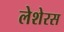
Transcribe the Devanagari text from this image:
लेशेरस